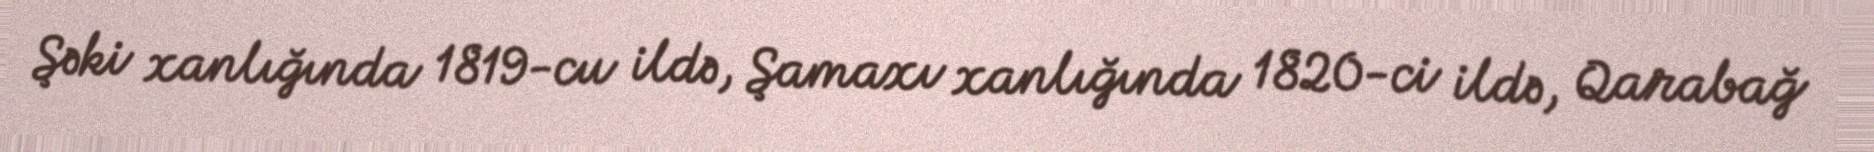
Şəki xanlığında 1819-cu ildə, Şamaxı xanlığında 1820-ci ildə, Qarabağ